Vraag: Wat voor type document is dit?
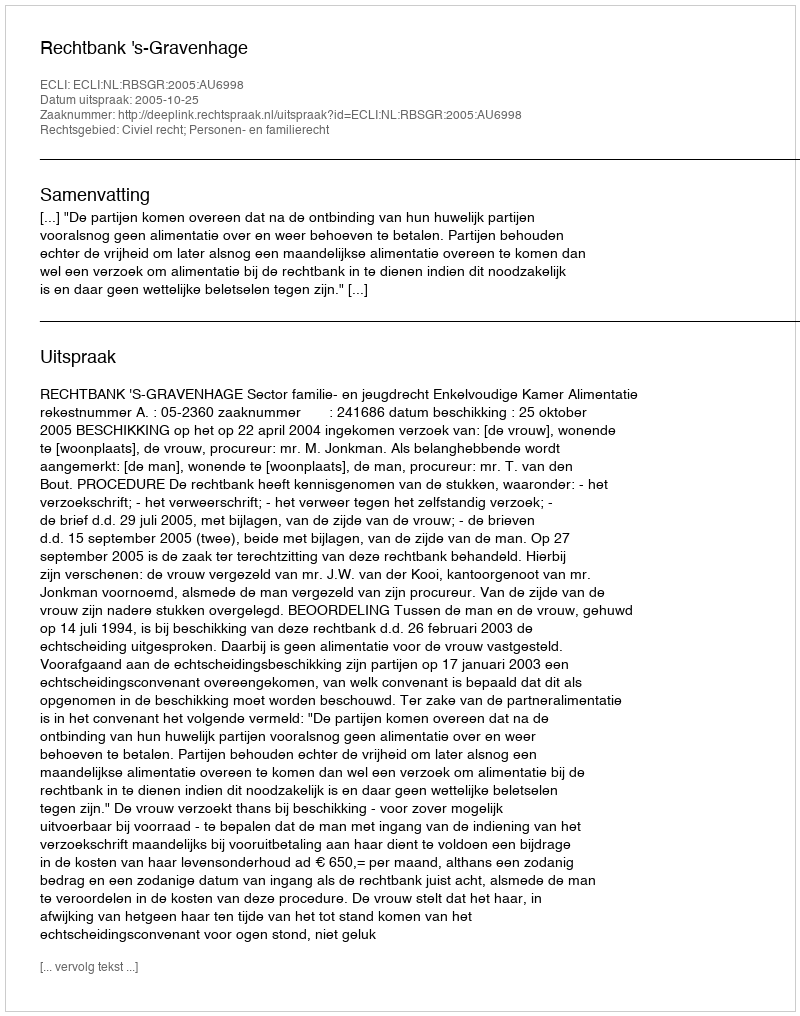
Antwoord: Uitspraak